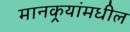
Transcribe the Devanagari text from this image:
मानकर्‍यांमधील